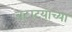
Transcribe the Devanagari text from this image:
बटाटयाच्या